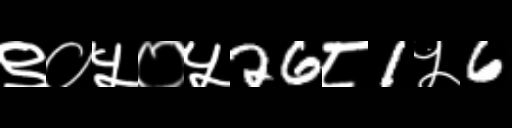
Text: ९०५०५26८1५6